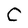
Character: C